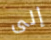
إلى